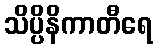
သိပ္ပိနိကာတီရေ